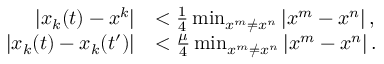
\begin{array} { r l } { | x _ { k } ( t ) - x ^ { k } | } & { < \frac { 1 } { 4 } \operatorname* { m i n } _ { x ^ { m } \neq x ^ { n } } | x ^ { m } - x ^ { n } | \, , } \\ { | x _ { k } ( t ) - x _ { k } ( t ^ { \prime } ) | } & { < \frac { \mu } { 4 } \operatorname* { m i n } _ { x ^ { m } \neq x ^ { n } } | x ^ { m } - x ^ { n } | \, . } \end{array}